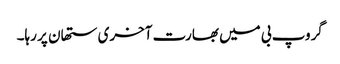
گروپ بی میں بھارت آخری ستھان پر رہا۔